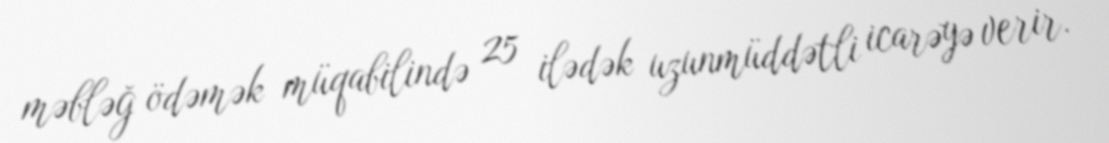
məbləğ ödəmək müqabilində 25 ilədək uzunmüddətli icarəyə verir.